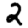
Digit: 2